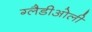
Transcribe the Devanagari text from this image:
ग्‍लैडीओली